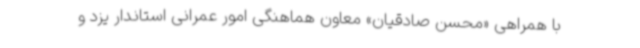
با همراهی «محسن صادقیان» معاون هماهنگی امور عمرانی استاندار یزد و